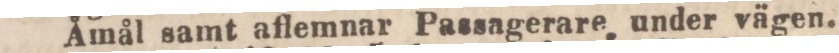
Åmål samt aflemnar Passagerare under vägen.